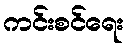
ကင်းစင်ရေး